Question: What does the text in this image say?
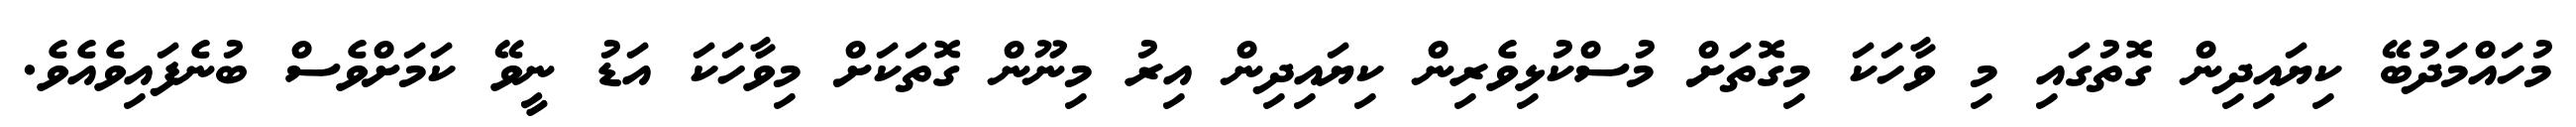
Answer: މުހައްމަދުބޭ ކިޔައިދިން ގޮތުގައި މި ވާހަކަ މިގޮތަށް މުސްކުޅިވެރިން ކިޔައިދިން އިރު މިނޫން ގޮތަކަށް މިވާހަކަ އަޑު ނީވޭ ކަމަށްވެސް ބުނެފައިވެއެވެ.